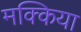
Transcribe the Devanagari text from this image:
मक्किया